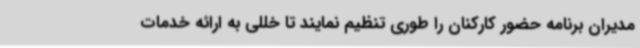
مدیران برنامه حضور کارکنان را طوری تنظیم نمایند تا خللی به ارائه خدمات